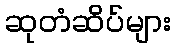
ဆုတံဆိပ်များ